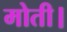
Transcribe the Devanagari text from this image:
मोती।